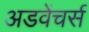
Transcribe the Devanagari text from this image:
अडवेंचर्स